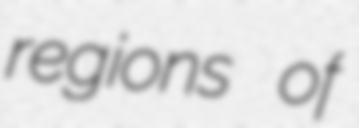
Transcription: regions of